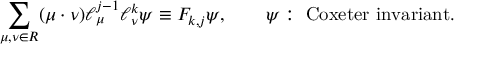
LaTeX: \sum _ { \mu , \nu \in { \cal R } } ( \mu \cdot \nu ) \ell _ { \mu } ^ { j - 1 } \ell _ { \nu } ^ { k } \psi \equiv F _ { k , j } \psi , \qquad \psi : \ \mathrm { C o x e t e r ~ i n v a r i a n t } .